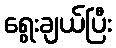
ရွေးချယ်ပြီး